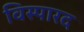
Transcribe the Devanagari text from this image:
विस्पारद